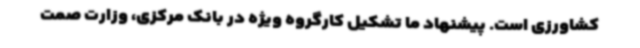
کشاورزی است. پیشنهاد ما تشکیل کارگروه ویژه در بانک مرکزی، وزارت صمت